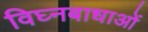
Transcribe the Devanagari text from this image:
विघ्नबाधाओं